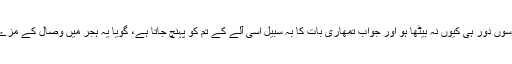
خواہ وہ کوسوں دور ہی کیوں نہ بیٹھا ہو اور جواب تمھاری بات کا بہ سبیل اِسی آلے کے تم کو پہنچ جاتا ہے، گویا یہ ہِجر میں وصال کے مزے دلاتا ہے۔